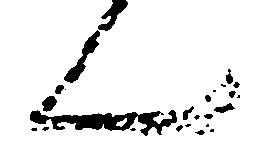
ん